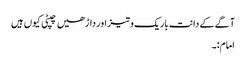
آگے کے دانت باریک و تیز اور داڑھیں چپٹی کیوں ہیں
امام:۔